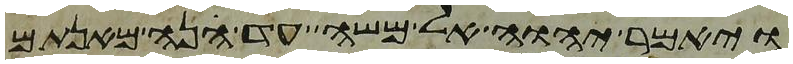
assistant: ויאמר יהוה אל משה עד הנה מאנתם